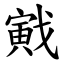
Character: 戭